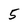
Character: 5